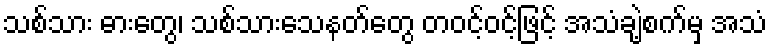
သစ်သား ဓားတွေ၊ သစ်သားသေနတ်တွေ တဝင့်ဝင့်ဖြင့် အသံချဲ့စက်မှ အသံ